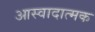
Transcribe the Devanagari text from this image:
आस्वादात्मक